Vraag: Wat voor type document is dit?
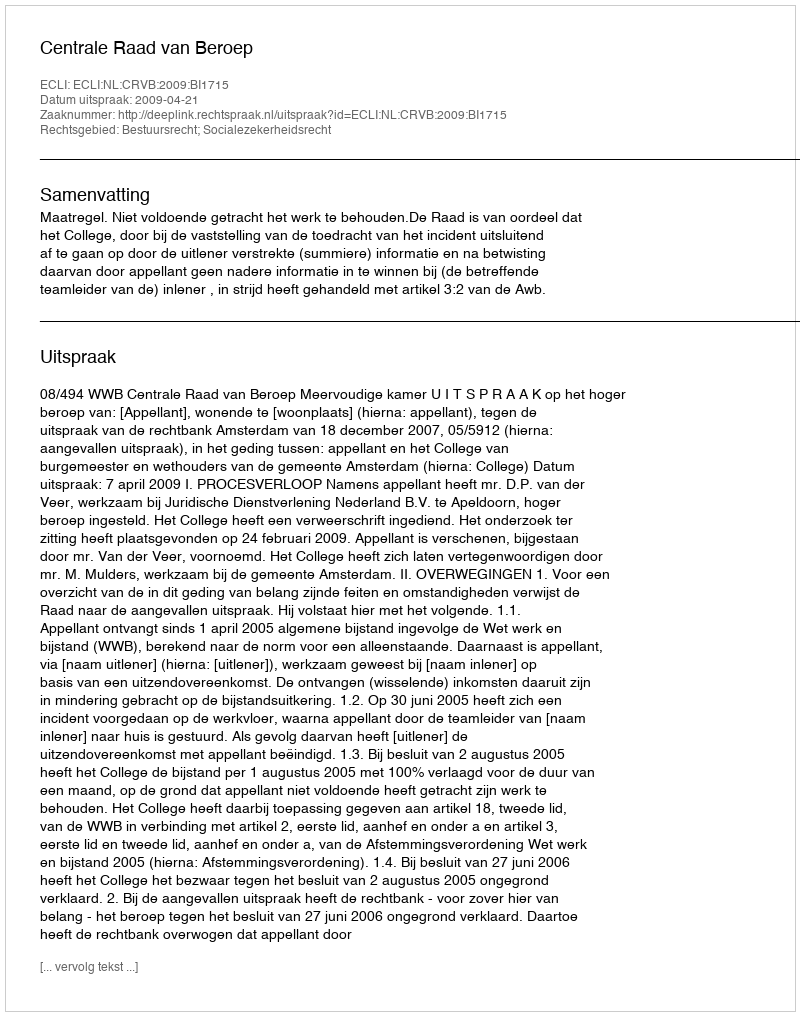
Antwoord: Uitspraak